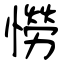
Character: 憦